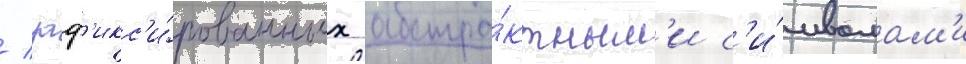
/ заф'икс'и́рованных абстра́ктным'и с'и́мволам'и